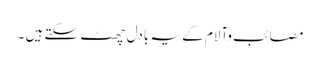
مصائب وآلام کے یہ بادل چھٹ سکتے ہیں ۔